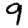
Digit: 9